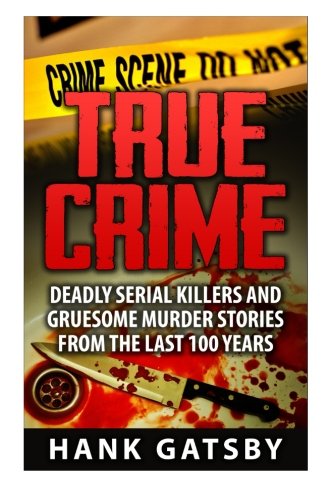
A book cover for True Crime: Deadly Serial Killers And Gruesome Murders Stories From the Last 100 Years; Hank Gatsby; Law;